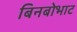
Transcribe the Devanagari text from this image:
बिनबोभाट